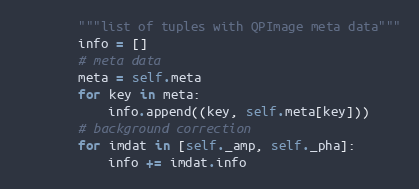
Language: Python
        """list of tuples with QPImage meta data"""
        info = []
        # meta data
        meta = self.meta
        for key in meta:
            info.append((key, self.meta[key]))
        # background correction
        for imdat in [self._amp, self._pha]:
            info += imdat.info